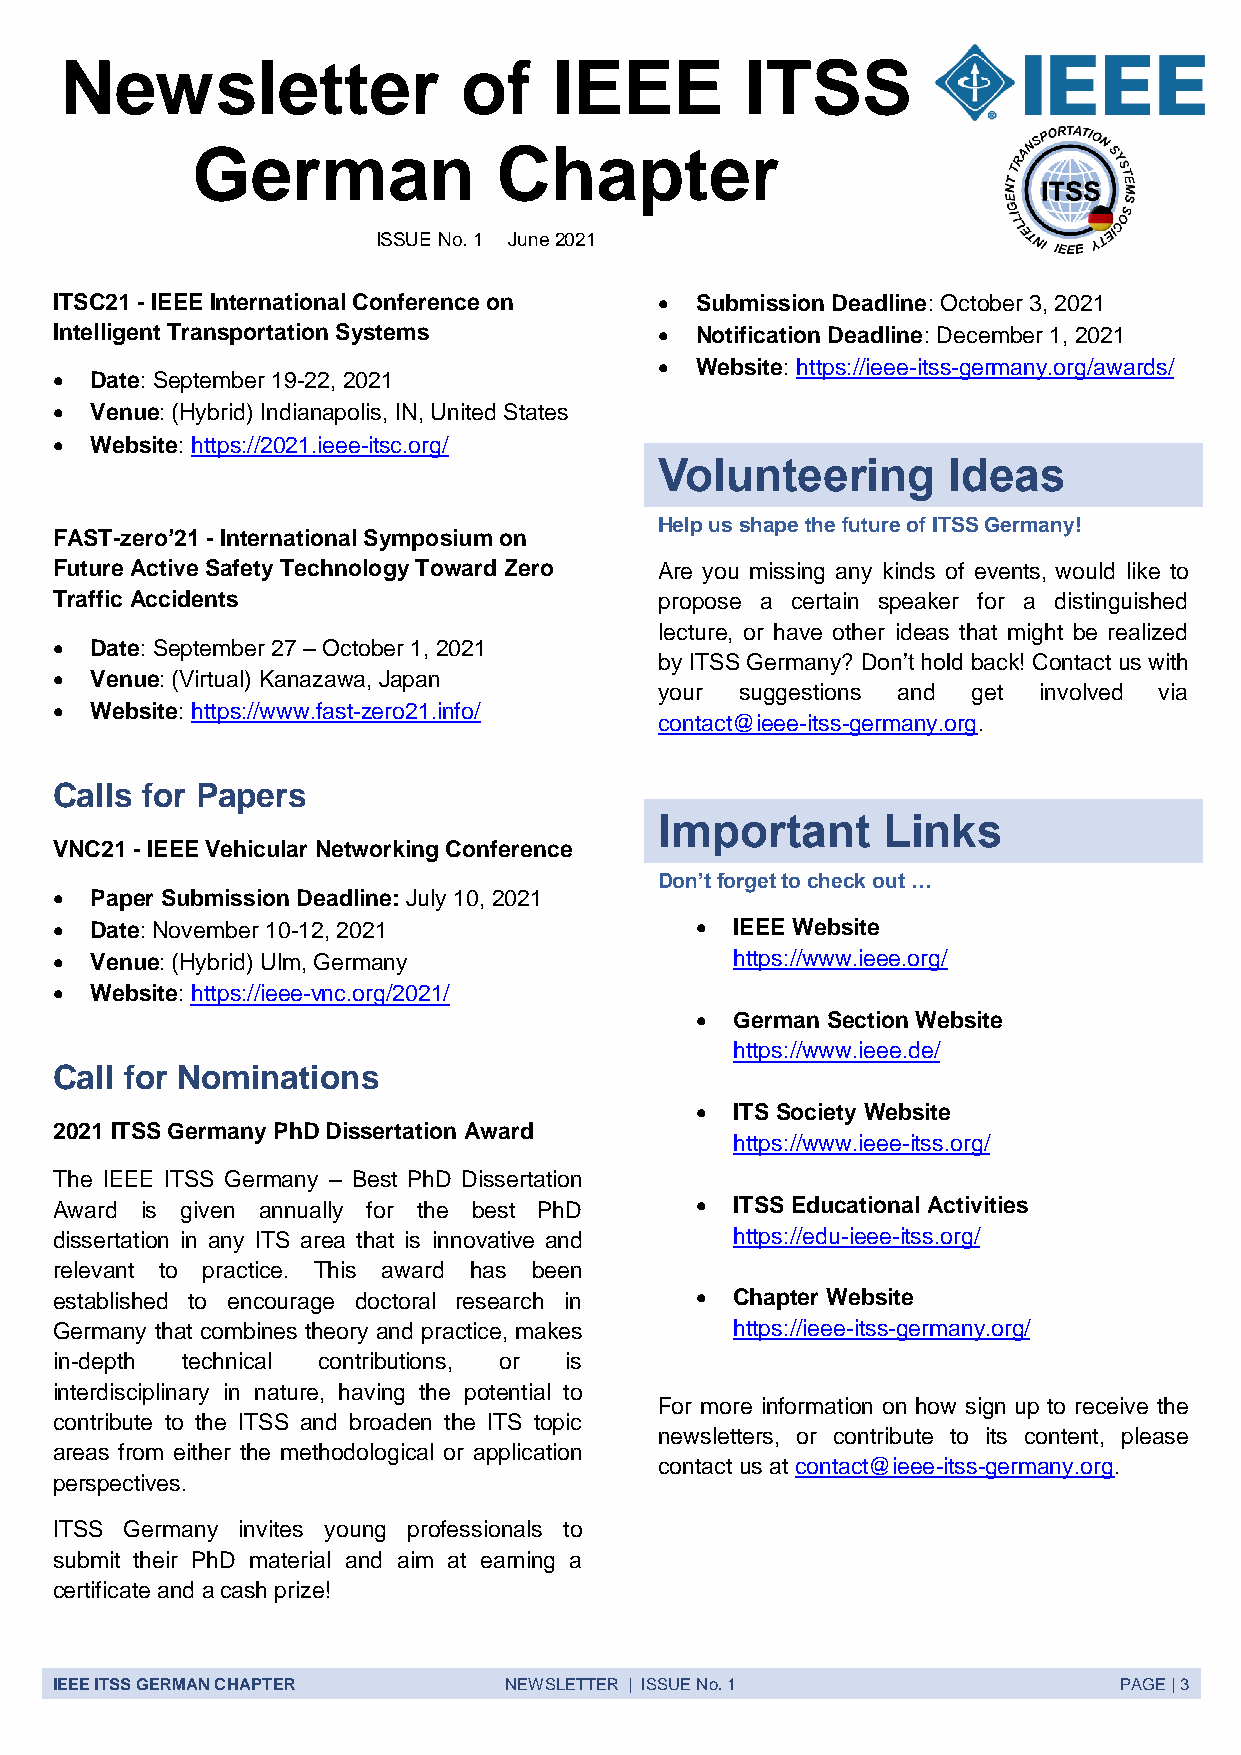
Newsletter                 of    IEEE        ITSS
 German              Chapter
 ISSUE No. 1 June 2021
 ITSC21 - IEEE International Conference on  Submission Deadline: October 3, 2021
 Intelligent Transportation Systems        Notification Deadline: December 1, 2021
  Website: https://ieee-itss-germany.org/awards/
   Date: September 19-22, 2021
   Venue: (Hybrid) Indianapolis, IN, United States
   Website: https://2021.ieee-itsc.org/
 Volunteering       Ideas
 Help us shape the future of ITSS Germany!
 FAST-zero’21 - International Symposium on
 Future Active Safety Technology Toward Zero Are you missing any kinds of events, would like to
 Traffic Accidents                        propose a certain speaker for a distinguished
 lecture, or have other ideas that might be realized
   Date: September 27 – October 1, 2021
 by ITSS Germany? Don’t hold back! Contact us with
   Venue: (Virtual) Kanazawa, Japan
 your suggestions and get involved via
   Website: https://www.fast-zero21.info/
 contact@ieee-itss-germany.org.
 Calls for Papers
 Important     Links
 VNC21 - IEEE Vehicular Networking Conference
 Don’t forget to check out …
   Paper Submission Deadline: July 10, 2021
   Date: November 10-12, 2021                IEEE Website
   Venue: (Hybrid) Ulm, Germany               https://www.ieee.org/
   Website: https://ieee-vnc.org/2021/
   German Section Website
 https://www.ieee.de/
 Call for Nominations
   ITS Society Website
 2021 ITSS Germany PhD Dissertation Award
 https://www.ieee-itss.org/
 The IEEE ITSS Germany – Best PhD Dissertation
 Award is given annually for the best PhD     ITSS Educational Activities
 dissertation in any ITS area that is innovative and https://edu-ieee-itss.org/
 relevant to practice. This award has been
 established to encourage doctoral research in  Chapter Website
 Germany that combines theory and practice, makes https://ieee-itss-germany.org/
 in-depth technical contributions, or is
 interdisciplinary in nature, having the potential to
 For more information on how sign up to receive the
 contribute to the ITSS and broaden the ITS topic
 newsletters, or contribute to its content, please
 areas from either the methodological or application
 contact us at contact@ieee-itss-germany.org.
 perspectives.
 ITSS Germany invites young professionals to
 submit their PhD material and aim at earning a
 certificate and a cash prize!
 IEEE ITSS GERMAN CHAPTER      NEWSLETTER | ISSUE No. 1                 PAGE | 3